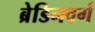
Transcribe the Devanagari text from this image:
ब्रेडिनवर्ग